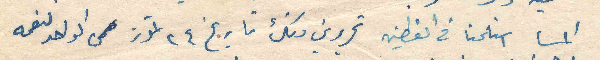
المسا استلمنا في القطين تحريرين منك تاريخ ٢٤ تموز الواحد لنعمه